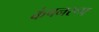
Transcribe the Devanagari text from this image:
कंपनरूप